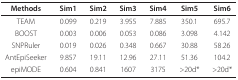
<table><thead><tr><td><b>Methods</b></td><td><b>Sim1</b></td><td><b>Sim2</b></td><td><b>Sim3</b></td><td><b>Sim4</b></td><td><b>Sim5</b></td><td><b>Sim6</b></td></tr></thead><tbody><tr><td>TEAM</td><td>0.099</td><td>0.219</td><td>3.955</td><td>7.885</td><td>350.1</td><td>695.7</td></tr><tr><td>BOOST</td><td>0.003</td><td>0.006</td><td>0.053</td><td>0.086</td><td>3.098</td><td>4.142</td></tr><tr><td>SNPRuler</td><td>0.019</td><td>0.026</td><td>0.348</td><td>0.667</td><td>30.88</td><td>58.26</td></tr><tr><td>AntEpiSeeker</td><td>9.857</td><td>19.11</td><td>12.96</td><td>27.11</td><td>51.36</td><td>104.2</td></tr><tr><td>epiMODE</td><td>0.604</td><td>0.841</td><td>1607</td><td>3175</td><td>&gt;20d*</td><td>&gt;20d*</td></tr></tbody></table>